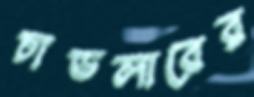
চাডলারের